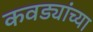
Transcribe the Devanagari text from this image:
कवड्यांच्‍या